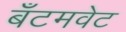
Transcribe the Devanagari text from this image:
बॅंटमवेट